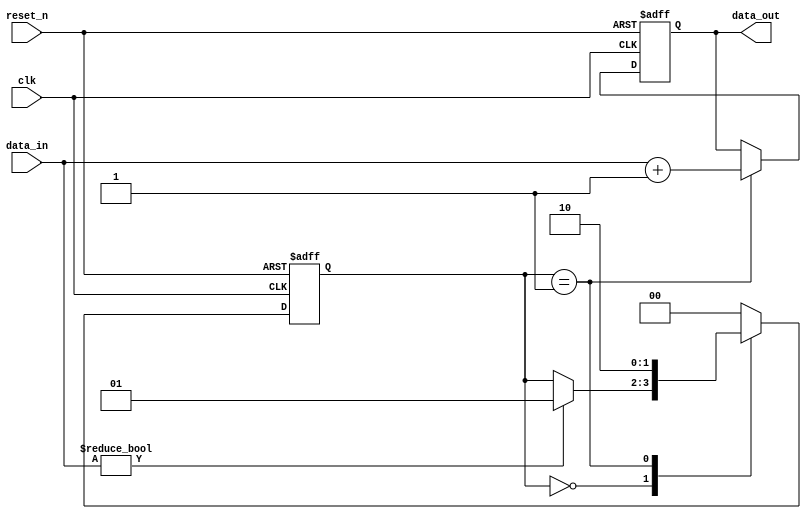
module negative_edge_sensitive_block (
    input wire clk,          // Clock signal
    input wire reset_n,     // Active low reset signal
    input wire [3:0] data_in, // Input data
    output reg [3:0] data_out // Output data
);

    // State variable
    reg [1:0] state; // Example state variable

    // State encoding
    localparam STATE_IDLE = 2'b00;
    localparam STATE_PROCESS = 2'b01;
    localparam STATE_DONE = 2'b10;

    // Always block sensitive to the negative edge of clk
    always @(negedge clk or negedge reset_n) begin
        if (!reset_n) begin
            // Reset condition
            state <= STATE_IDLE;
            data_out <= 4'b0000; // Reset output
        end else begin
            // State management and conditional logic
            case (state)
                STATE_IDLE: begin
                    if (data_in != 4'b0000) begin
                        state <= STATE_PROCESS; // Transition to PROCESS state
                    end
                end

                STATE_PROCESS: begin
                    // Example processing logic
                    data_out <= data_in + 4'b0001; // Increment input data
                    state <= STATE_DONE; // Transition to DONE state
                end

                STATE_DONE: begin
                    // Example logic for done state
                    // Here we could wait for another condition to return to IDLE
                    state <= STATE_IDLE; // Transition back to IDLE
                end

                default: begin
                    state <= STATE_IDLE; // Default to IDLE state
                end
            endcase
        end
    end

endmodule